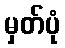
မှတ်ပုံ